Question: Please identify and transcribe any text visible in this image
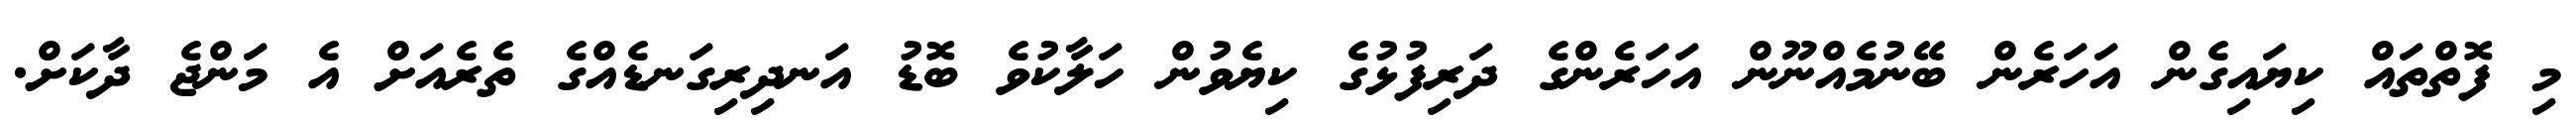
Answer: މި ފޮތްތައް ކިޔައިގެން އަހަރެން ބޭނުމެއްނޫން އަހަރެންގެ ދަރިފުޅުގެ ކިޔެވުން ހަލާކުވެ ބޮޑު އަނދިރިގަނޑެއްގެ ތެރެއަށް އެ މަންޖެ ދާކަށް.